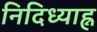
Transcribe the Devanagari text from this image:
निदिध्याह्न